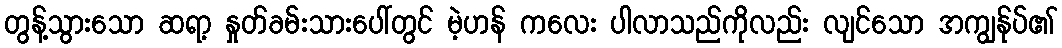
တွန့်သွားသော ဆရာ့ နှုတ်ခမ်းသားပေါ်တွင် မဲ့ဟန် ကလေး ပါလာသည်ကိုလည်း လျင်သော အကျွန်ုပ်၏